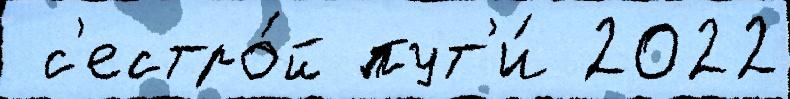
 с'естро́й пут'и́ 2022